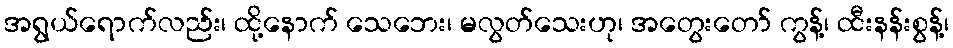
အရွယ်ရောက်လည်း၊ ထို့နောက် သေဘေး၊ မလွတ်သေးဟု၊ အတွေးတော် ကွန့်၊ ထီးနန်းစွန့်၊